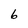
Character: 6